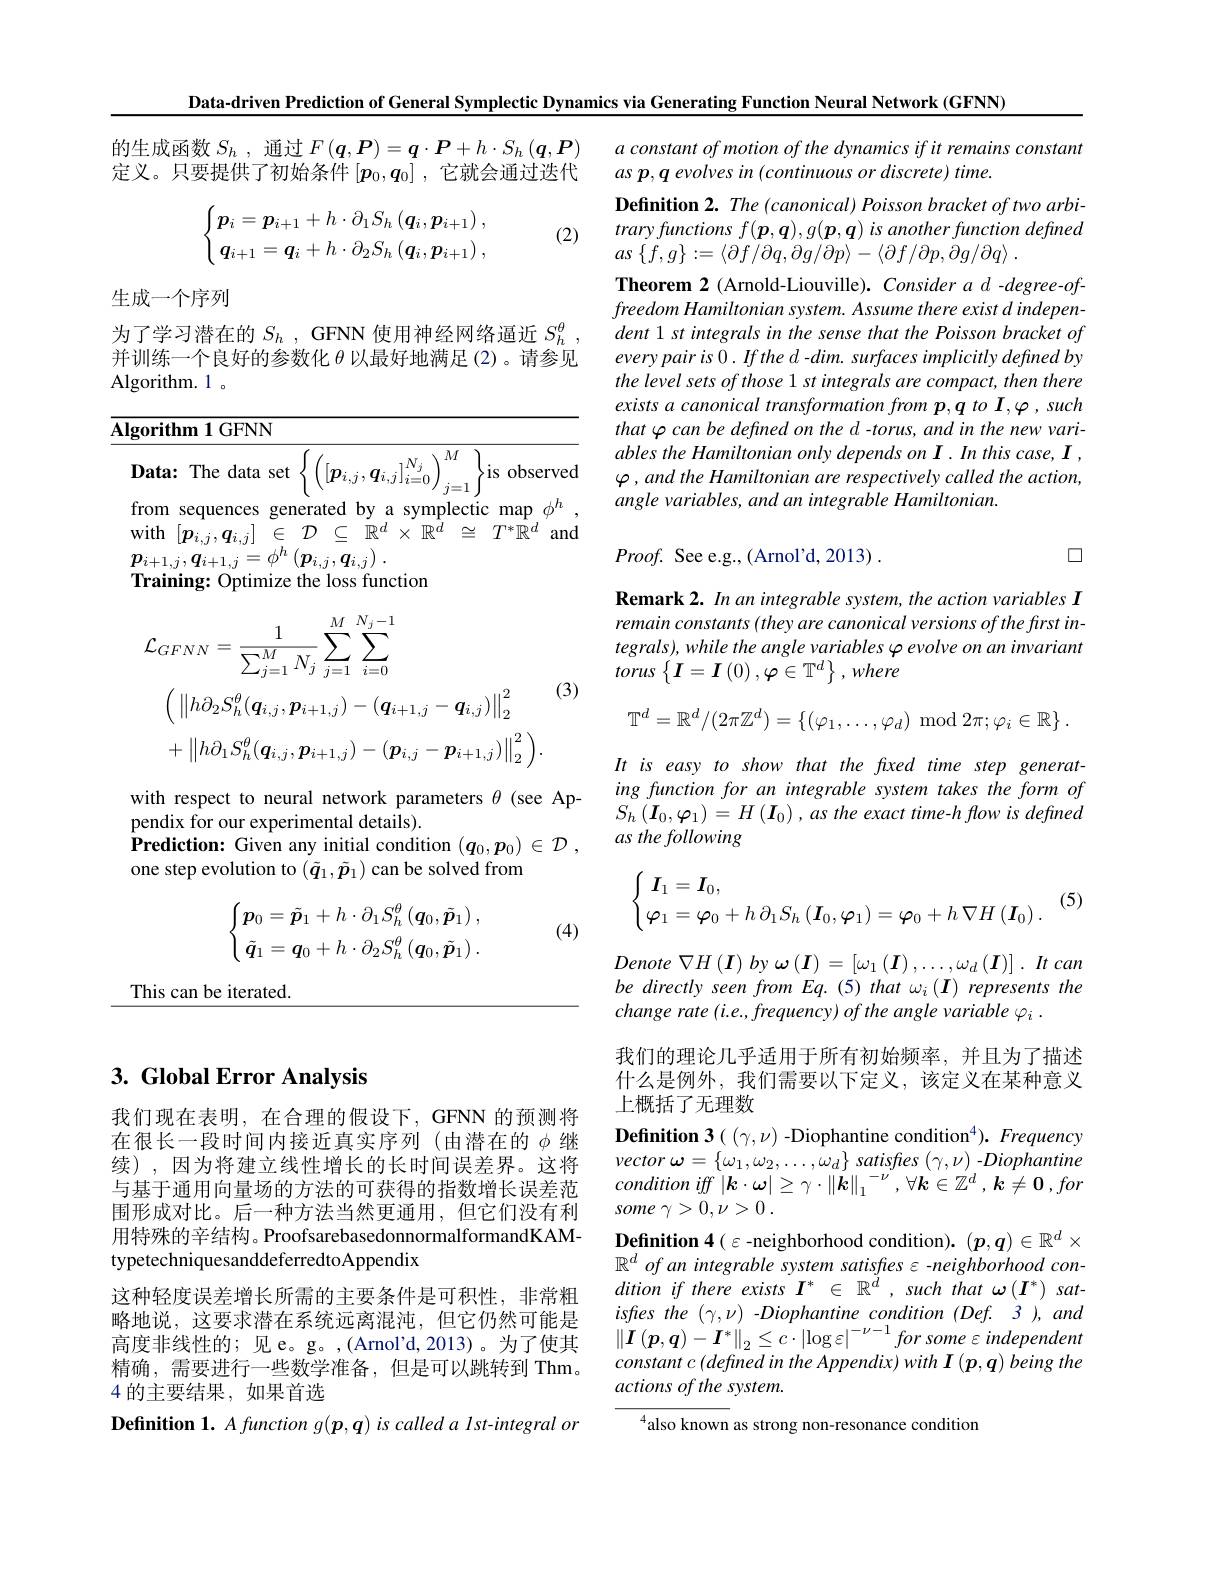
Data-driven Prediction of General Symplectic Dynamics via Generating Function Neural Network (GFNN)

a constant of motion of the dynamics if it remains constant
as p,q evolves in (continuous or discrete) time.

的生成函数$S_h$ ,通过$F(\boldsymbol q,\boldsymbol P)=\boldsymbol q\cdot\boldsymbol P+h\cdot S_h\left(\boldsymbol{q},\boldsymbol{P}\right)$ 定义。只要提供了初始条件$[\boldsymbol{p}_0,\boldsymbol{q}_0]$ ,它就会通过迭代
$$\begin{cases}\boldsymbol{p}_i=\boldsymbol{p}_{i+1}+h\cdot\partial_1S_h\left(\boldsymbol{q}_i,\boldsymbol{p}_{i+1}\right),\\\boldsymbol{q}_{i+1}=\boldsymbol{q}_i+h\cdot\partial_2S_h\left(\boldsymbol{q}_i,\boldsymbol{p}_{i+1}\right),\end{cases}$$
(2)

生成一个序列

Definition 2. The (canonical) Poisson bracket of two arbitraryfunctions $f( \boldsymbol{p}, \boldsymbol{q}) , g( \boldsymbol{p}, \boldsymbol{q})$ $is$ another function defined $as$ $\{ f, g\} : = \langle \partial f/ \partial q, \partial g/ \partial p\rangle - \langle \partial f/ \partial p, \partial g/ \partial q\rangle$ .
Theorem 2 (Arnold-Liouville). Consider a d -degree-offreedom Hamiltonian system. Assume there exist d independent 1 st integrals in the sense that the Poisson bracket of every pair is 0. If the d - dim. surfaces implicitly defined by the level sets of those 1 st integrals are compact, then there exists a canonical transformation from p,q to I,φ, such that φcan be defined on the d- torus, and in the new variables the Hamiltonian only depends on I. In this case, I ,
$\mathbf{Data:~The~data~set~}\left\{\left([p_{i,j},\boldsymbol{q}_{i,j}]_{i=0}^{N_{j}}\right)_{j=1}^{M}\right\}$is observed $\varphi , and the Hamiltonian only depends on I. In this case, I , Data: The The The The The The The The The The The The The The The The The The The The The The The The Th The$
angle variables, and an integrable Hamiltonian.

为了学习潜在的$S_h$ , GFNN 使用神经网络逼近$S_h^\theta$ 并训练一个良好的参数化$\theta$以最好地满足(2)。请参见Algorithm.1。

$\mathbf{Algorithm1GFNN}$
from sequences generated by a symplectic map $\phi^h$ with$\begin{array}{ccccc}[p_{i,j},q_{i,j}]&\in&\mathcal{D}&\subseteq&\mathbb{R}^{d}\times&\mathbb{R}^{\hat{d}}\end{array}\cong\begin{array}{ccc}T^{*}\hat{\mathbb{R}}^{d}\end{array}$and $\boldsymbol{p}_{i+1,j},\boldsymbol{q}_{i+1,j}=\phi^{h}\left(\boldsymbol{p}_{i,j},\boldsymbol{q}_{i,j}\right).$
Training: Optimize the loss function

口

$Proof.$ See e. g. , ( Arno$l^{\prime }$d, 2013) .

Remark 2. In an integrable system, the action variables I remain constants (they are canonical versions of the first integrals), while the angle variables $\varphi$ evolve on an invariant $torus\left\{\boldsymbol{I}=\boldsymbol{I}\left(0\right),\boldsymbol{\varphi}\in\mathbb{T}^{d}\right\},where$
$$\begin{aligned}&\mathcal{L}_{GFNN}=\frac{1}{\sum_{j=1}^{M}N_{j}}\sum_{j=1}^{M}\sum_{i=0}^{N_{j}-1}\\&\left(\left\|h\partial_{2}S_{h}^{\theta}(\boldsymbol{q}_{i,j},\boldsymbol{p}_{i+1,j})-(\boldsymbol{q}_{i+1,j}-\boldsymbol{q}_{i,j})\right\|_{2}^{2}\right.\\&+\left\|h\partial_{1}S_{h}^{\theta}(\boldsymbol{q}_{i,j},\boldsymbol{p}_{i+1,j})-(\boldsymbol{p}_{i,j}-\boldsymbol{p}_{i+1,j})\right\|_{2}^{2}\biggr).\end{aligned}$$
(3)
$$\mathbb{T}^d=\mathbb{R}^d/(2\pi\mathbb{Z}^d)=\{(\varphi_1,\ldots,\varphi_d)\mod2\pi;\varphi_i\in\mathbb{R}\}\:.$$
It is easy to show that the fxed time step generating function for an integrable system takes the form of $S_{h}\left ( \boldsymbol{I}_{0}, \boldsymbol{\varphi }_{1}\right ) = H\left ( \boldsymbol{I}_{0}\right ) , as\textit{the exact time- h flow is defined}$ as the following

with respect to neural network parameters $\theta$ (see Ap-
pendix for our experimental details).
$\mathbf{Prediction:~Given~any~initial~condition~(q_{0},p_{0})~\in~D~,}$
one step evolution to $(\tilde{q}_1,\tilde{p}_1)$ can be solved from

(5)
$$\begin{cases}\boldsymbol{p}_0=\tilde{\boldsymbol{p}}_1+h\cdot\partial_1S_h^\theta\left(\boldsymbol{q}_0,\tilde{\boldsymbol{p}}_1\right),\\\:\tilde{\boldsymbol{q}}_1=\boldsymbol{q}_0+h\cdot\partial_2S_h^\theta\left(\boldsymbol{q}_0,\tilde{\boldsymbol{p}}_1\right).\end{cases}$$
(4)

This can be iterated.

## 3. Global Error Analysis
$$\left\{\begin{matrix}\boldsymbol I_1=\boldsymbol I_0,\\\boldsymbol\varphi_1=\boldsymbol\varphi_0+h\:\partial_1S_h\left(\boldsymbol I_0,\boldsymbol\varphi_1\right)=\boldsymbol\varphi_0+h\:\nabla H\left(\boldsymbol I_0\right).\end{matrix}\right.$$
Denote $\nabla H\left ( \boldsymbol{I}\right )$ $by$ $\omega \left ( \boldsymbol{I}\right ) = \left [ \omega _{1}\left ( \boldsymbol{I}\right ) , \ldots , \omega _{d}\left ( \boldsymbol{I}\right ) \right ] .$ $It$ can be directly seen from Eq.(5) that $\omega _i\left ( \boldsymbol{I}\right ) \textit{represents the}$ change rate $( i. e. , frequency) \textit{of the angle variable }\varphi _{i}.$
我们的理论几乎适用于所有初始频率，并且为了描述什么是例外，我们需要以下定义，该定义在某种意义上概括了无理数
$\textbf{Definition 3}( ( \gamma , \nu )$-Diophantine condition$^4) . \textit{Frequency}$ vector $\omega = \{ \omega _{1}, \omega _{2}, \ldots , \omega _{d}\}$ satisfes $( \gamma , \nu )$ $- Diophantine$ condition iff $\left | \boldsymbol{k}\cdot \boldsymbol{\omega }\right | \geq \gamma \cdot \left \| \boldsymbol{k}\right \| _{1}^{- \nu }, \forall \boldsymbol{k}\in \mathbb{Z} ^{d}$ $, \boldsymbol{k}\neq \mathbf{0}$ $, for$ some $\gamma > 0, \nu > 0$ .
$\mathbf{Definition}4(\varepsilon$-neighborhood condition).$(\boldsymbol p,\boldsymbol{q})\in\mathbb{R}^d\times$ $\mathbb{R} ^d\textit{ of an integrable system satisfres ε - neighborhood con- }$ $dition~if~there~exists~I^{*}~\in~\mathbb{R}^{d}~,~such~that~\omega\left(\boldsymbol{I}^{*}\right)~sat-$ isfres the $(\gamma,\nu)$ -Diophantine condition $(Def.3),and$ $\| \boldsymbol{I}\left ( \boldsymbol{p}, \boldsymbol{q}\right ) - \boldsymbol{I}^{* }\| _{2}\leq c\cdot | \log \varepsilon | ^{- \nu - 1}\textit{for some }\varepsilon$ independent constant $c$ $( defined$ $in$ the $Appendix)$ with $I$ $( p, q)$ being the actions of the system.
$^{4}$also known as strong non-resonance condition

我们现在表明，在合理的假设下，GFNN 的预测将在很长一段时间内接近真实序列 (由潜在的$\phi$继续),因为将建立线性增长的长时间误差界。这将与基于通用向量场的方法的可获得的指数增长误差范围形成对比。后一种方法当然更通用，但它们没有利用特殊的辛结构。ProofsarebasedonnormalformandKAMtypetechniquesanddeferredtoAppendix
这种轻度误差增长所需的主要条件是可积性，非常粗略地说，这要求潜在系统远离混沌，但它仍然可能是高度非线性的；见e。g。,(Arnol'd,2013)。为了使其精确，需要进行一些数学准备，但是可以跳转到 Thm。4的主要结果，如果首选
Definition 1. A function g(p, q) is called a Ist-integral or